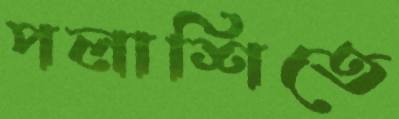
পলাশিতে